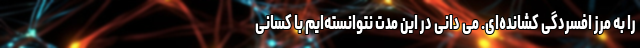
را به مرز افسردگی کشانده‌ای. می دانی در این مدت نتوانسته‌ایم با کسانی